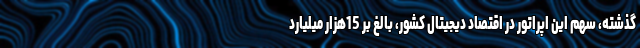
گذشته، سهم این اپراتور در اقتصاد دیجیتال کشور، بالغ بر 15هزار میلیارد